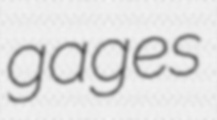
gages